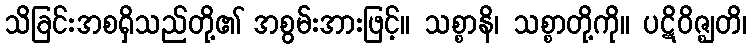
သိခြင်းအစရှိသည်တို့၏ အစွမ်းအားဖြင့်။ သစ္စာနိ၊ သစ္စာတို့ကို။ ပဋိဝိဇ္ဈတိ၊